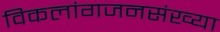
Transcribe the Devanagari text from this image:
विकलांगजनसंख्या